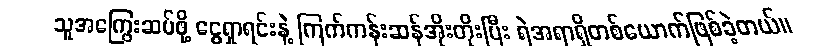
သူအကြွေးဆပ်ဖို့ ငွေရှာရင်းနဲ့ ကြက်ကန်းဆန်အိုးတိုးပြီး ရဲအရာရှိတစ်ယောက်ဖြစ်ခဲ့တယ်။